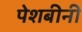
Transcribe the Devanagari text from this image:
पेशबीनी